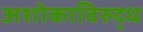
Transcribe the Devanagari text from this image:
अशोकाविरुद्ध